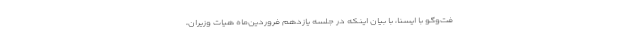
فت‌وگو با ایسنا، با بیان اینکه در جلسه یازدهم فروردین‌ماه هیات وزیران،